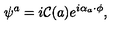
\psi ^ { a } = i { \cal C } ( a ) e ^ { i \alpha _ { a } \cdot \phi } ,